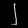
Digit: ၂